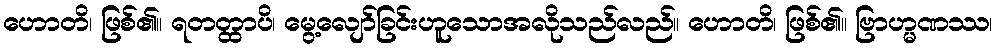
ဟောတိ၊ ဖြစ်၏။ ရတတ္ထာပိ၊ မွေ့လျော်ခြင်းဟူသောအလိုသည်လည်။ ဟောတိ၊ ဖြစ်၏။ ဗြာဟ္မဏဿ၊